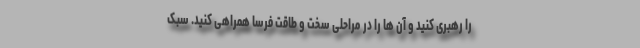
را رهبری کنید و آن ها را در مراحلی سخت و طاقت فرسا همراهی کنید. سبک